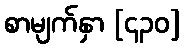
စာမျက်နှာ [၄၃၀]